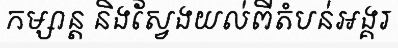
កម្សាន្ត និងស្វែងយល់ពីតំបន់អង្គរ